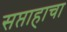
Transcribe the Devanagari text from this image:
सप्ताहाचा